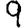
Digit: 9